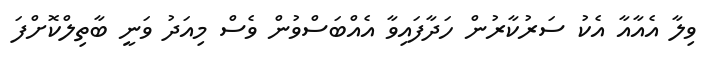
ވިލާ އެއާއާ އެކު ސަރުކާރުން ހަދާފައިވާ އެއްބަސްވުން ވެސް މިއަދު ވަނީ ބާތިލްކޮށްފަ